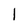
Character: 1